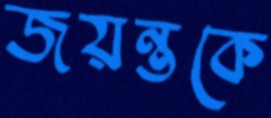
জয়ন্তকে